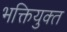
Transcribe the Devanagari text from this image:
भक्तियुक्‍त